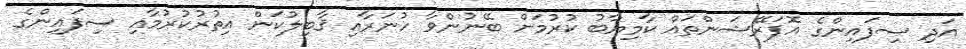
އަދި ސިފައިންގެ އޮޕަރޭޝަންތައް ކާމިޔާބު ކުރުމަށް ބޭނުންވާ ހުނަރާއި ޤާބިލުކަން އިތުރުކުރުމާއި ސިފައިންގެ